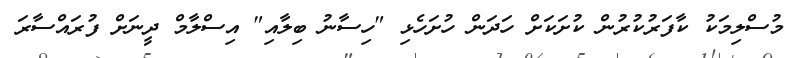
މުސްލިމަކު ކާފަރުކުރުން ކުށަކަށް ހަދަން ހުށަހެޅި "ހިސާނު ބިލާއި" އިސްލާމް ދީނަށް ފުރައްސާރަ